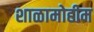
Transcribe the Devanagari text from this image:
शाळामोहीम